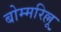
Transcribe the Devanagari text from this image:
बोम्मरिल्लू